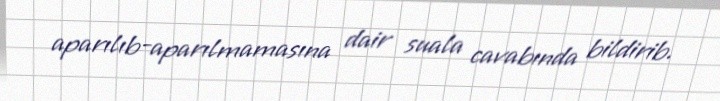
aparılıb-aparılmamasına dair suala cavabında bildirib.